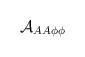
LaTeX: \begin{align*}{\cal A}_{AA \phi \phi}\end{align*}